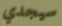
سيجدي